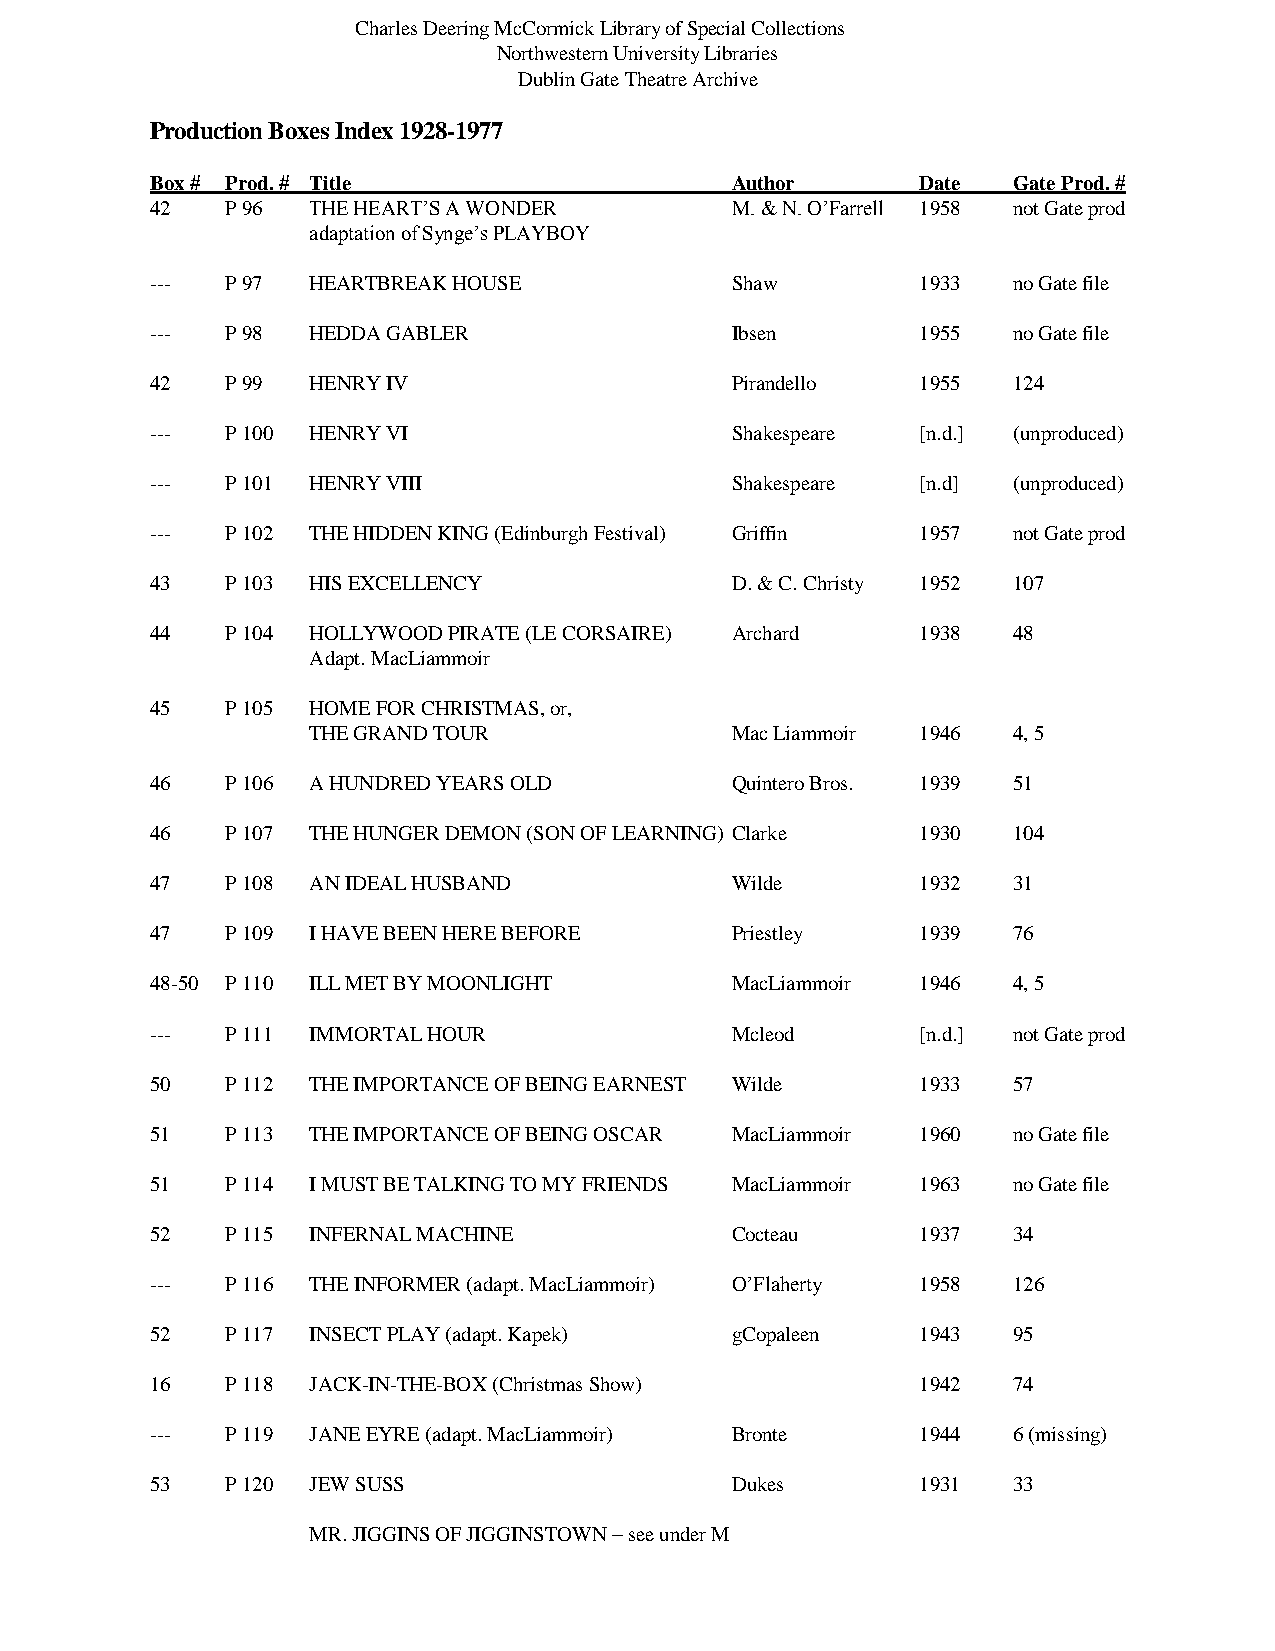
Charles Deering McCormick Library of Special Collections
 Northwestern University Libraries
 Dublin Gate Theatre Archive
 Production Boxes Index 1928-1977
 Box # Prod. # Title                   Author       Date  Gate Prod. #
 42   P 96 THE HEART’S A WONDER        M. & N. O’Farrell 1958 not Gate prod
 adaptation of Synge’s PLAYBOY
 ---  P 97 HEARTBREAK HOUSE            Shaw         1933  no Gate file
 ---  P 98 HEDDA GABLER                Ibsen        1955  no Gate file
 42   P 99 HENRY IV                    Pirandello   1955  124
 ---  P 100 HENRY VI                   Shakespeare  [n.d.] (unproduced)
 ---  P 101 HENRY VIII                 Shakespeare  [n.d] (unproduced)
 ---  P 102 THE HIDDEN KING (Edinburgh Festival) Griffin 1957 not Gate prod
 43   P 103 HIS EXCELLENCY             D. & C. Christy 1952 107
 44   P 104 HOLLYWOOD PIRATE (LE CORSAIRE) Archard  1938  48
 Adapt. MacLiammoir
 45   P 105 HOME FOR CHRISTMAS, or,
 THE GRAND TOUR              Mac Liammoir 1946  4, 5
 46   P 106 A HUNDRED YEARS OLD        Quintero Bros. 1939 51
 46   P 107 THE HUNGER DEMON (SON OF LEARNING) Clarke 1930 104
 47   P 108 AN IDEAL HUSBAND           Wilde        1932  31
 47   P 109 I HAVE BEEN HERE BEFORE    Priestley    1939  76
 48-50 P 110 ILL MET BY MOONLIGHT      MacLiammoir  1946  4, 5
 ---  P 111 IMMORTAL HOUR              Mcleod       [n.d.] not Gate prod
 50   P 112 THE IMPORTANCE OF BEING EARNEST Wilde   1933  57
 51   P 113 THE IMPORTANCE OF BEING OSCAR MacLiammoir 1960 no Gate file
 51   P 114 I MUST BE TALKING TO MY FRIENDS MacLiammoir 1963 no Gate file
 52   P 115 INFERNAL MACHINE           Cocteau      1937  34
 ---  P 116 THE INFORMER (adapt. MacLiammoir) O’Flaherty 1958 126
 52   P 117 INSECT PLAY (adapt. Kapek) gCopaleen    1943  95
 16   P 118 JACK-IN-THE-BOX (Christmas Show)        1942  74
 ---  P 119 JANE EYRE (adapt. MacLiammoir) Bronte   1944  6 (missing)
 53   P 120 JEW SUSS                   Dukes        1931  33
 MR. JIGGINS OF JIGGINSTOWN – see under M